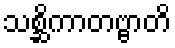
သစ္ဆိကာတဗ္ဗာတိ